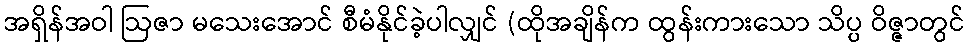
အရှိန်အဝါ ဩဇာ မသေးအောင် စီမံနိုင်ခဲ့ပါလျှင် (ထိုအချိန်က ထွန်းကားသော သိပ္ပ ဝိဇ္ဇာတွင်